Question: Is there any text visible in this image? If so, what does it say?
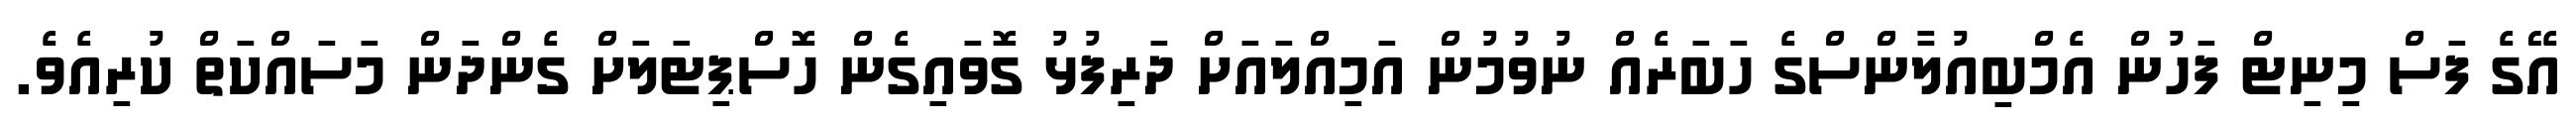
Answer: އޭގެ ފަސް މިނިޓް ފަހުން އެމްބިއުލާންސްގެ ހަބަރެއް ނުވުމުން އަމިއްލައަށް ދަރިފުޅު ގޮވައިގެން ހޮސްޕިޓަލަށް ގެންދަން މަސައްކަތް ކުރިއެވެ.